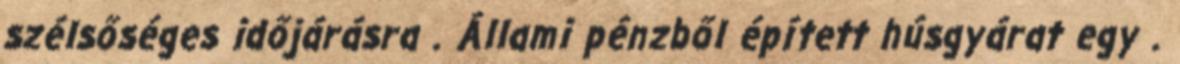
szélsőséges időjárásra . Állami pénzből épített húsgyárat egy .